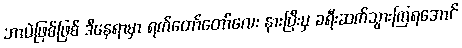
ဘာပဲဖြစ်ဖြစ် ဒီနေရာမှာ ရက်တော်တော်လေး နားပြီးမှ ခရီးဆက်သွားကြရအောင်